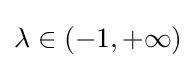
\lambda \in (-1,+\infty )